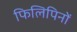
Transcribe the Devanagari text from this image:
फिलिपिनों